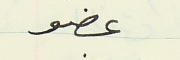
عضو